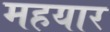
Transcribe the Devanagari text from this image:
महयार